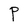
Character: P